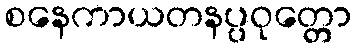
စနေကာယတနပ္ပဝုတ္တော